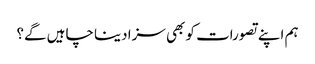
ہم اپنے تصورات کو بھی سزا دینا چاہیں گے؟